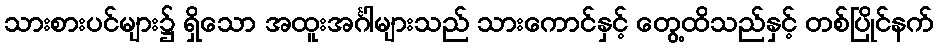
သားစားပင်များ၌ ရှိသော အထူးအင်္ဂါများသည် သားကောင်နှင့် တွေ့ထိသည်နှင့် တစ်ပြိုင်နက်